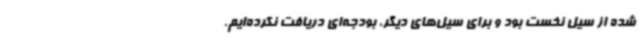
شده از سیل نخست بود و برای سیل‌های دیگر، بودجه‌ای دریافت نکرده‌ایم.